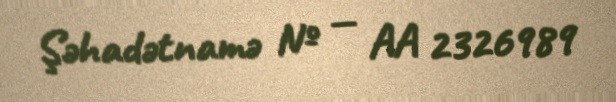
Şəhadətnamə № — AA 2326989